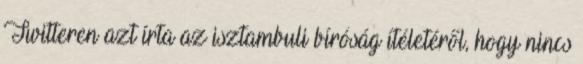
Twitteren azt írta az isztambuli bíróság ítéletéről, hogy nincs